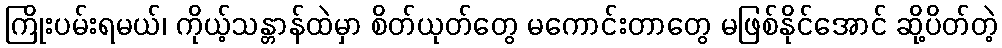
ကြိုးပမ်းရမယ်၊ ကိုယ့်သန္တာန်ထဲမှာ စိတ်ယုတ်တွေ မကောင်းတာတွေ မဖြစ်နိုင်အောင် ဆို့ပိတ်တဲ့